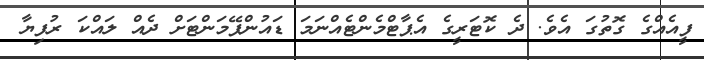
ފީއެއްގެ ގޮތުގަ އެވެ. ދެ ކޮޓަރީގެ އެޕާޓްމެންޓެއްނަމަ ޑައުންޕޭމަންޓަށް ދެއް ލައްކަ ރުފިޔާ